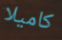
كاميلا